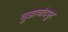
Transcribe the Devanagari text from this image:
चुडाचांदपुर